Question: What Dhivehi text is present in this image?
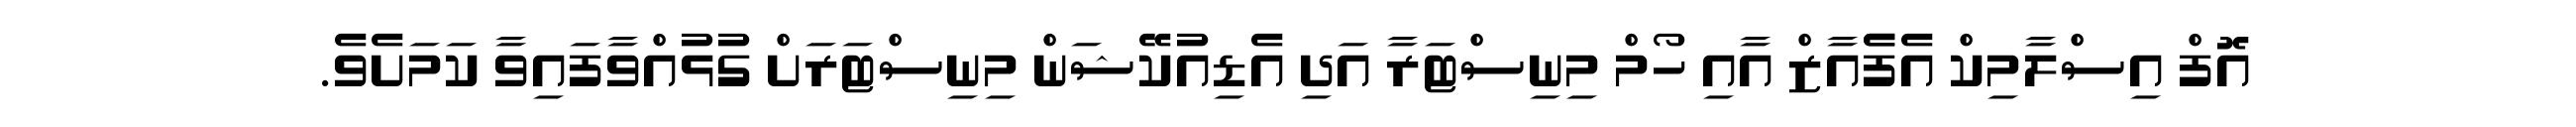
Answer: އޮފް އިސްލާމިކް އެފެެއާޒް އާއި ހޯމް މިނިސްޓަރާ އަދި އެޑިއުކޭޝަން މިނިސްޓަރަށް ގުޅުއްވާފައިވާ ކަމަށެވެ.